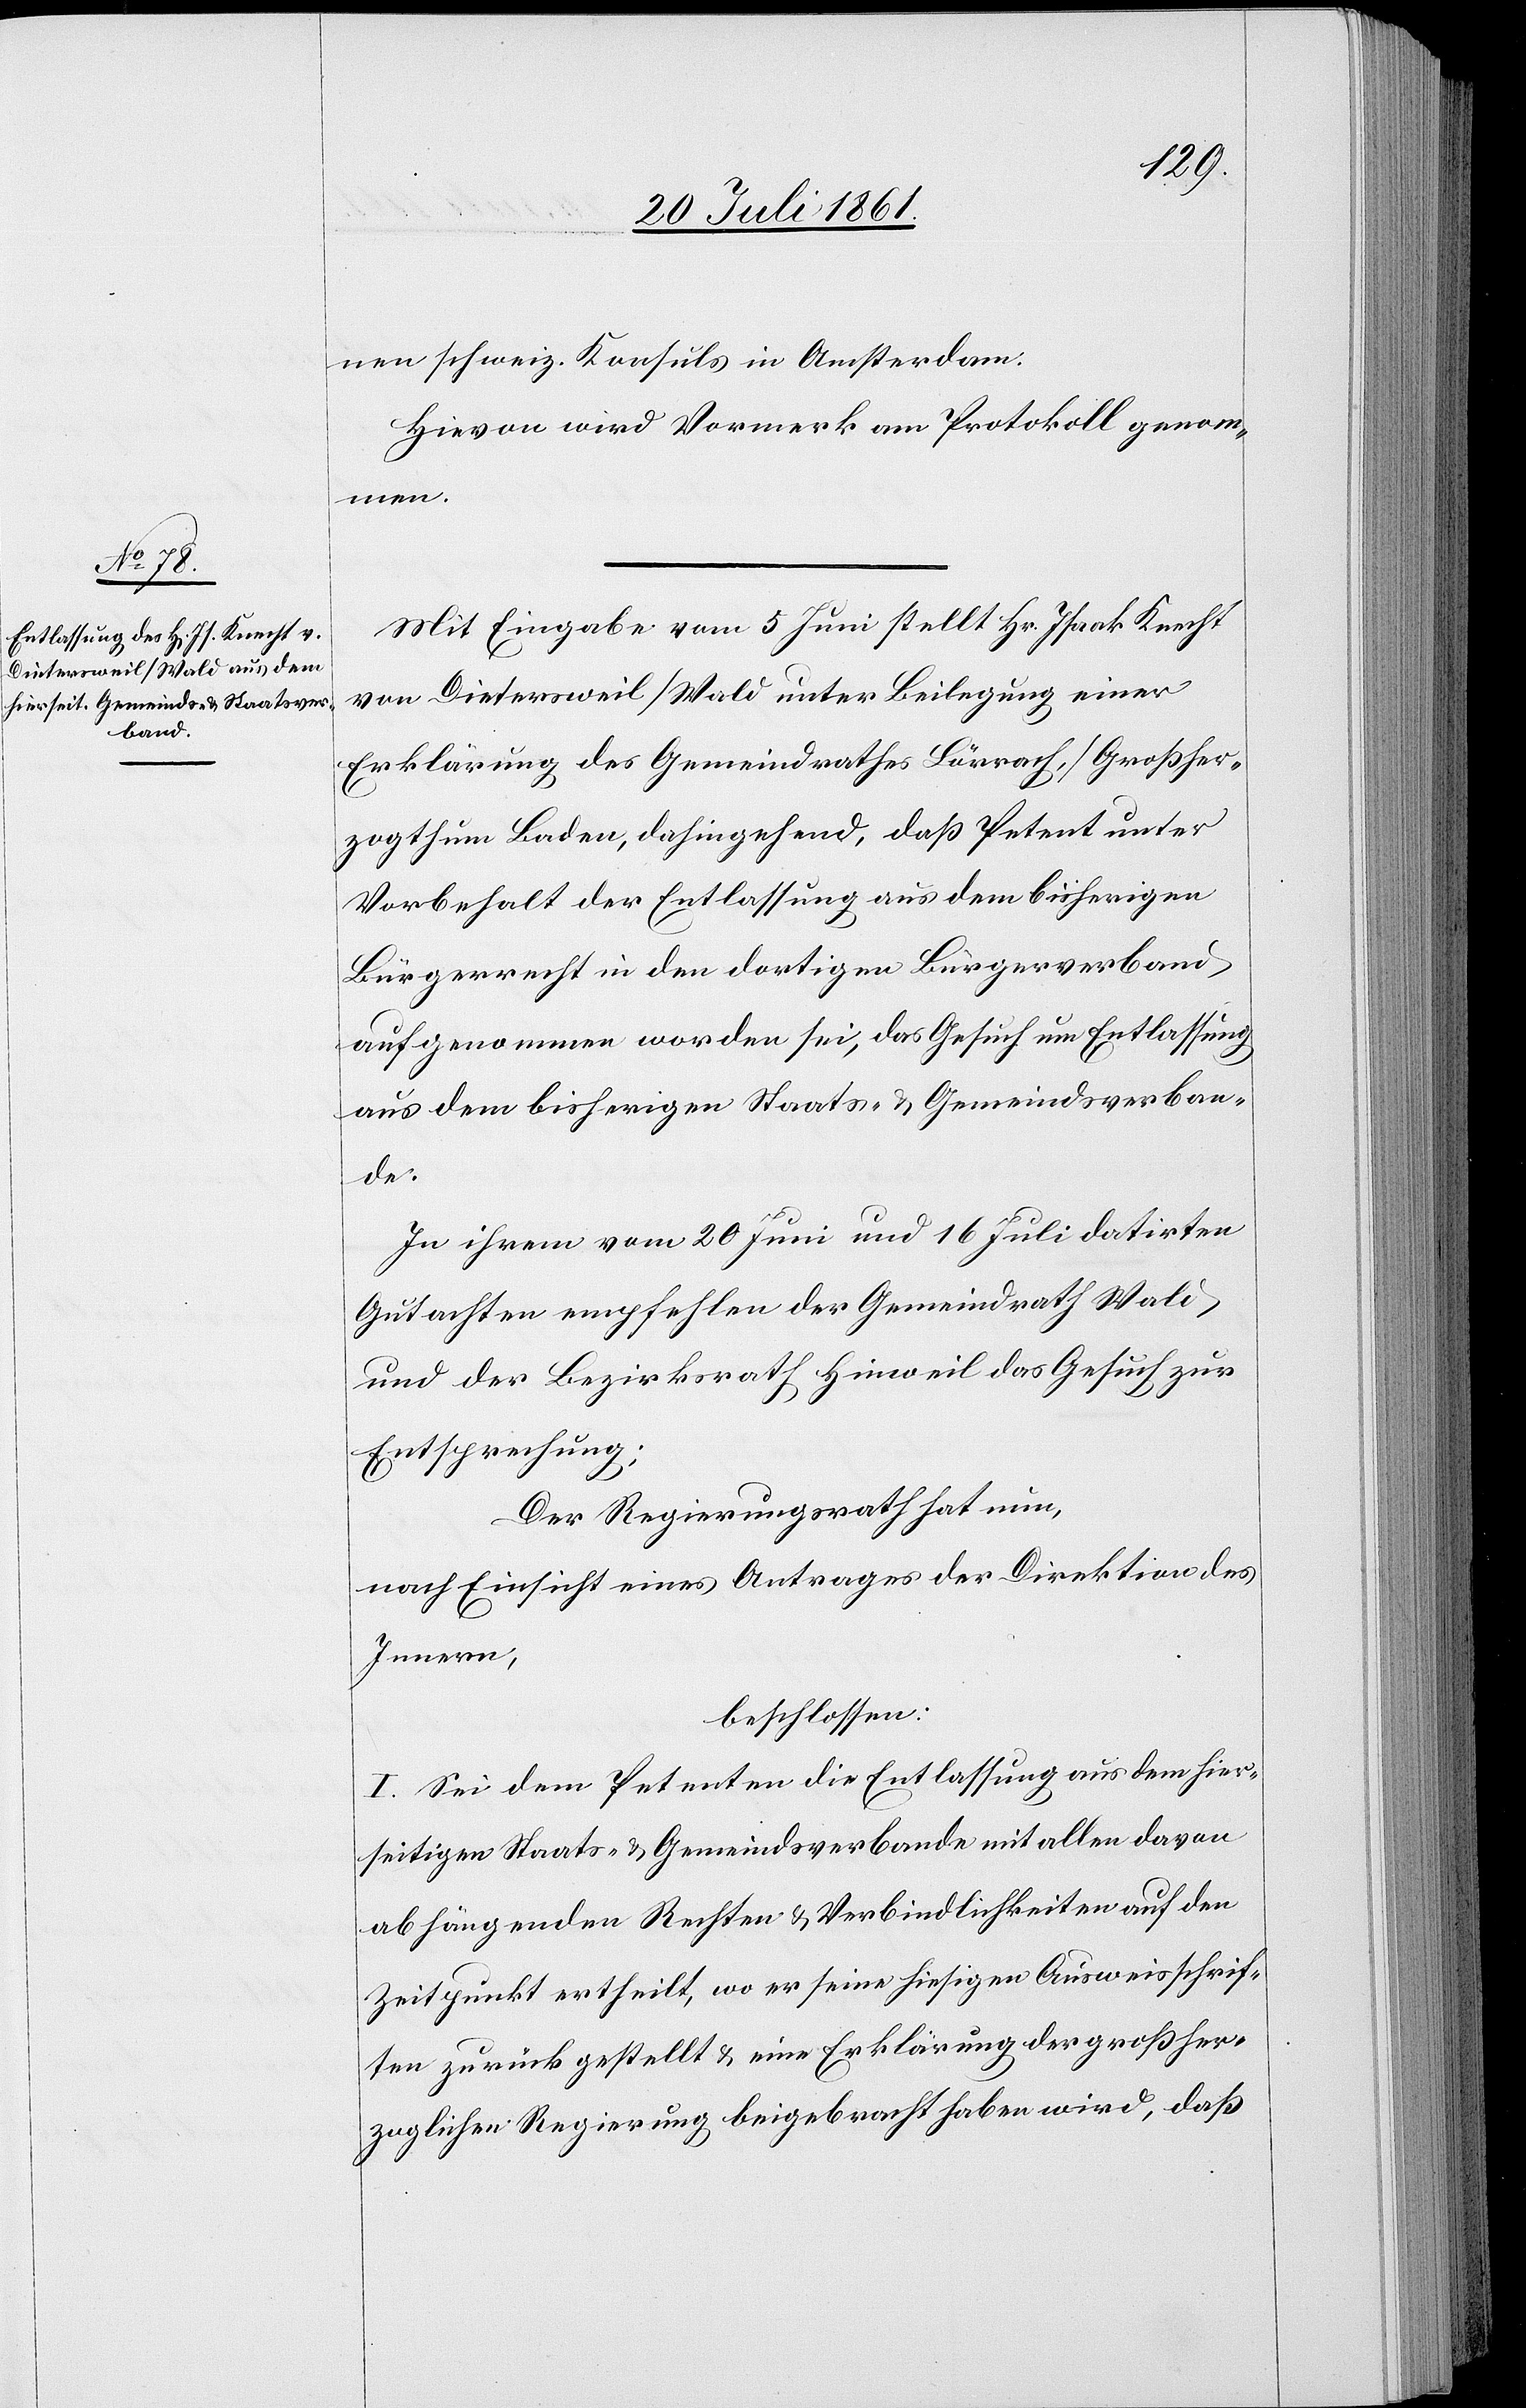
nen schweiz. Konsul in Amsterdam.
Hievon wird Vormerk am Protokoll genom¬
men.
Mit Eingabe vom 5 Juni stellt Hr. Isaak Knecht
von Dietersweil/Wald unter Beilegung einer
Erklärung des Gemeindrathes Lörrach, Großher¬
zogthum Baden, dahingehend, daß Petent unter
Vorbehalt der Entlassung aus dem bisherigen
Bürgerrecht in den dortigen Bürgerverband
aufgenommen worden sei, das Gesuch um Entlassung
aus dem bisherigen Staats- u. Gemeindsverban¬
de.
In ihrem vom 20 Juni und 16 Juli datirten
Gutachten empfehlen der Gemeindrath Wald
und der Bezirksrath Hinweil das Gesuch zur
Entsprechung.
Der Regierungsrath hat nun,
nach Einsicht eines Antrages der Direktion des
Innern,
beschlossen:
I. Sei dem Petenten die Entlassung aus dem hier¬
seitigen Staats- u. Gemeindsverbande mit allen davon
abhängenden Rechten u. Verbindlichkeiten auf den
Zeitpunkt ertheilt, wo er seine hiesigen Ausweisschrif¬
ten zurückgestellt u. eine Erklärung der großher¬
zoglichen Regierung beigebracht haben wird, daß